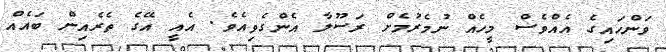
ވަންހައިގެ އެއްވެސް މީހެއް ނުމެރުމެށް ރަސޫލާ އެންގެވިއެވެ. އެއީ އޭގެ ތެރެއިން ބައެއް